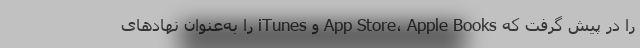
را در پیش گرفت که App Store، Apple Books و iTunes را به‌عنوان نهادهای